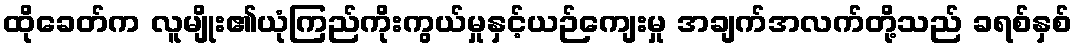
ထိုခေတ်က လူမျိုး၏ယုံကြည်ကိုးကွယ်မှုနှင့်ယဉ်ကျေးမှု အချက်အလက်တို့သည် ခရစ်နှစ်